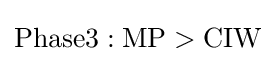
{\text{Phase3}}:{\text{MP}}>{\text{CIW}}